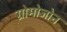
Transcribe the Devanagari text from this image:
ग्रोमोजोन